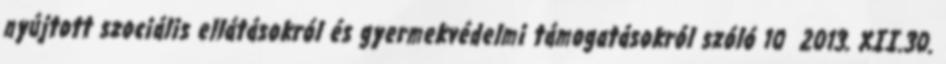
nyújtott szociális ellátásokról és gyermekvédelmi támogatásokról szóló 10 2013. XII.30.